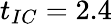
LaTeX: t_{IC}=2.4